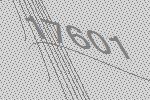
17601